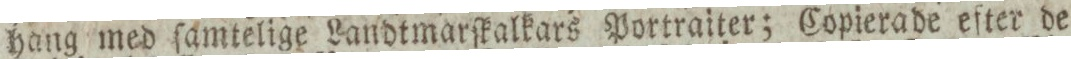
hang med ſamtelige Landtmarſkalkars Portraiter; Copierade efter de